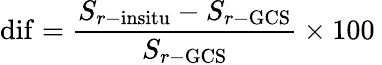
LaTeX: \mathrm{{dif}}=\frac{S_{{r-\mathrm{{insitu}}}}-S_{{r-\mathrm{{GCS}}}}}{S_{{r-\mathrm{{GCS}}}}}\times 100\